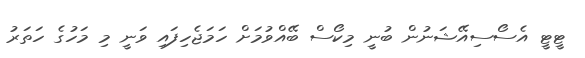
ޓީޓީ އެސޯސިއޭޝަނުން ބުނީ މިކޯސް ބޭއްވުމަށް ހަމަޖެހިފައި ވަނީ މި މަހުގެ ހަތަރު